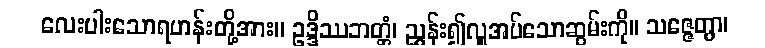
လေးပါးသောရဟန်းတို့အား။ ဥဒ္ဒိဿဘတ္တံ၊ ညွှန်း၍လှူအပ်သောဆွမ်းကို။ သဇ္ဇေတွာ၊